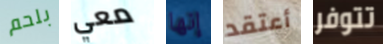
بلحم معي إنها أعتقد تتوفر